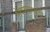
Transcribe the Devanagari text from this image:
भेदण्यासाठी